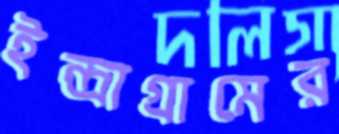
ইন্দ্রাগ্রামের